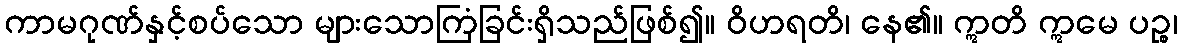
ကာမဂုဏ်နှင့်စပ်သော များသောကြံခြင်းရှိသည်ဖြစ်၍။ ဝိဟရတိ၊ နေ၏။ ဣတိ ဣမေ ပဉ္စ၊